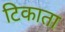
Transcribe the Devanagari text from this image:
टिकाता